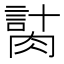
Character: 𦞍